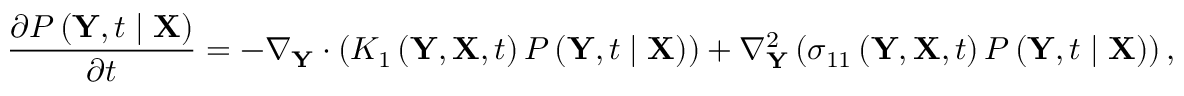
\frac { \partial P \left( \mathbf { Y } , t \mid \mathbf { X } \right) } { \partial t } = - \nabla _ { \mathbf { Y } } \cdot \left( K _ { 1 } \left( \mathbf { Y } , \mathbf { X } , t \right) P \left( \mathbf { Y } , t \mid \mathbf { X } \right) \right) + \nabla _ { \mathbf { Y } } ^ { 2 } \left( \sigma _ { 1 1 } \left( \mathbf { Y } , \mathbf { X } , t \right) P \left( \mathbf { Y } , t \mid \mathbf { X } \right) \right) ,